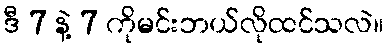
ဒီ 7 နဲ့ 7 ကိုမင်းဘယ်လိုထင်သလဲ။